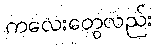
ကလေးတွေလည်း